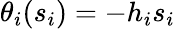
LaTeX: \theta_{i}(s_{i})=-h_{i}s_{i}